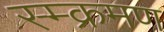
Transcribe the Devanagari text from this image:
स्म्क्रमण